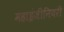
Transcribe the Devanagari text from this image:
महाइंजीनियरी